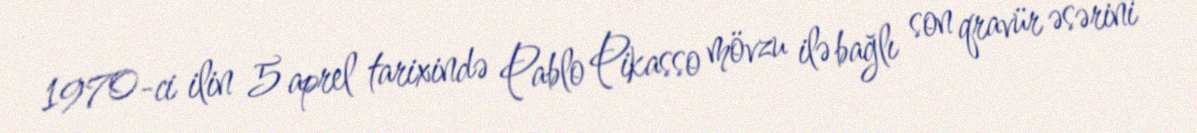
1970-ci ilin 5 aprel tarixində Pablo Pikasso mövzu ilə bağlı son qravür əsərini